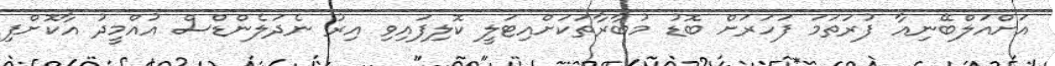
އަށްއަލްބޭނިއާ ފުރަތަމަ ފަހަރަށް ބޮޑު މުބާރާތަކަށްއިޓަލީ ކޮލިފައިވި އިރު ނެދަލެންޑްސް އުއްމީދު އާކޮށްފި